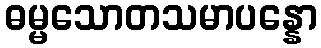
ဓမ္မသောတသမာပန္နော